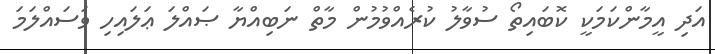
އަދި އީމާންކަމަކީ ކޮބައިތޯ ސުވާލު ކުރެއްވުމުން މާތް ނަބިއްޔާ ޞައްލަ ޢަލައިހި ވަސައްލަމަ